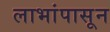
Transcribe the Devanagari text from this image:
लाभांपासून